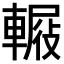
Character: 𨍿